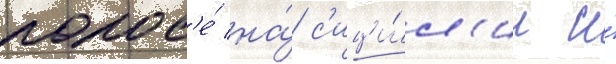
полос'е́ на́ с'ици́л'ии и́